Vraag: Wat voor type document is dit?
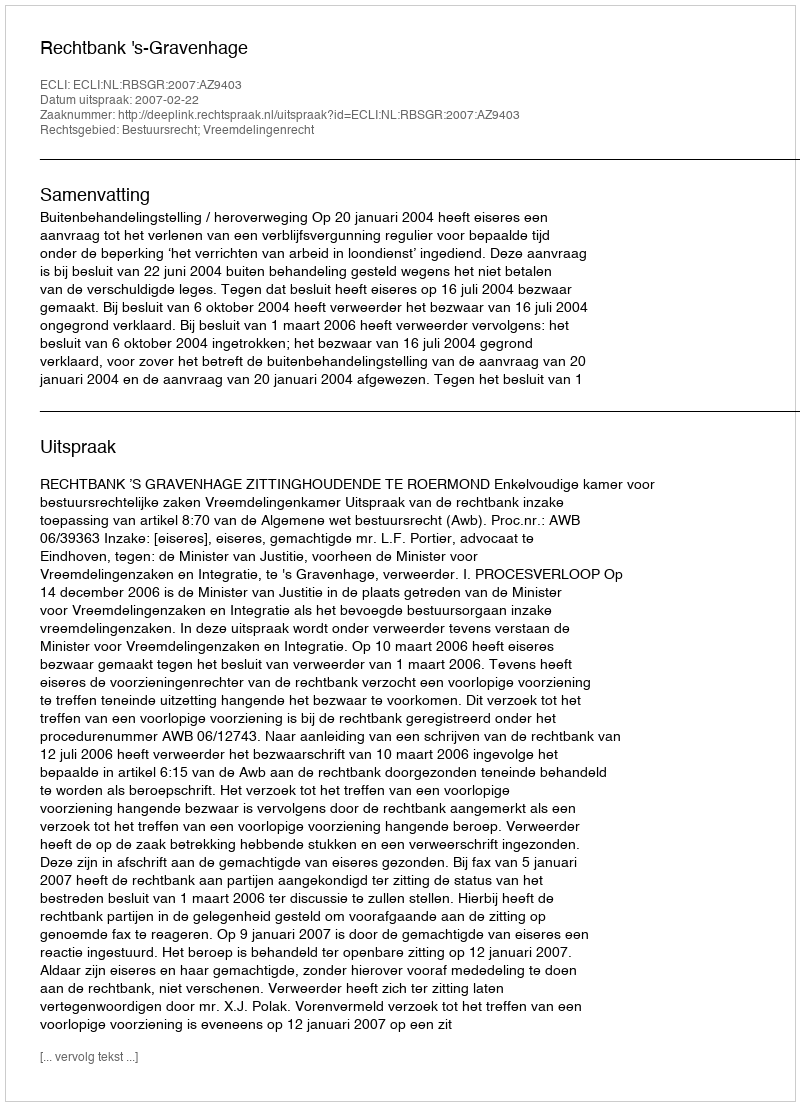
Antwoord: Uitspraak